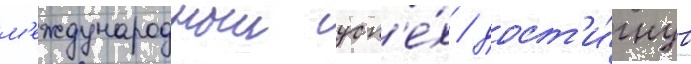
м'еждународныи усп'е́х / дост'и́гнув